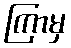
ကြာမှ